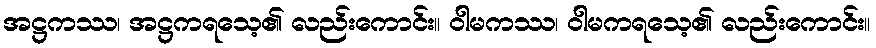
အဋ္ဌကဿ၊ အဋ္ဌကရသေ့၏ လည်းကောင်း။ ဝါမကဿ၊ ဝါမကရသေ့၏ လည်းကောင်း။